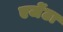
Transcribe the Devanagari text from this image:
एजेंटा